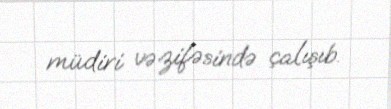
müdiri vəzifəsində çalışıb.